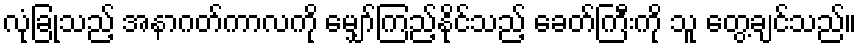
လုံခြုံသည့် အနာဂတ်ကာလကို မျှော်ကြည့်နိုင်သည့် ခေတ်ကြီးကို သူ တွေ့ချင်သည်။